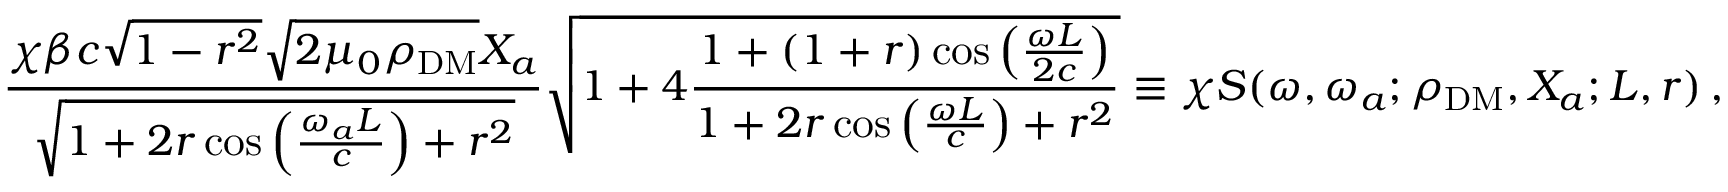
\frac { \chi \beta c \sqrt { 1 - r ^ { 2 } } \sqrt { 2 \mu _ { 0 } \rho _ { \mathrm { D M } } } X _ { a } } { \sqrt { 1 + 2 r \cos \left( \frac { \omega _ { a } L } { c } \right) + r ^ { 2 } } } \sqrt { 1 + 4 \frac { 1 + ( 1 + r ) \cos \left( \frac { \omega L } { 2 c } \right) } { 1 + 2 r \cos \left( \frac { \omega L } { c } \right) + r ^ { 2 } } } \equiv \chi S ( \omega , \omega _ { a } ; \rho _ { \mathrm { D M } } , X _ { a } ; L , r ) \, ,